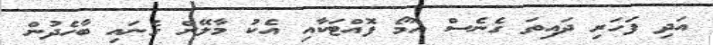
އަދި ފަހަރި ދައިތަ ގެނެސް އޮމޯ ފޮއްޓަކާއި އެކު މާލޭން ގެނައި ބާހެދުން